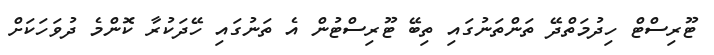
ޓޫރިސްޓް ހިދުމަތްދޭ ތަންތަނުގައި ތިބޭ ޓޫރިސްޓުން އެ ތަނުގައި ހޭދަކުރާ ކޮންމެ ދުވަހަކަށް